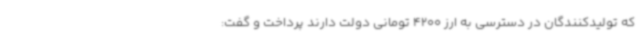
که تولیدکنندگان در دسترسی به ارز 4200 تومانی دولت دارند پرداخت و گفت: